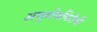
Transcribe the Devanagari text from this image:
अणुबाँबविरोधी